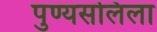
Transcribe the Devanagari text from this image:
पुण्यसलिला